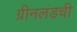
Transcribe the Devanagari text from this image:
ग्रीनलंडची